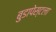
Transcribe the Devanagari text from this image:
बुडापेस्टला